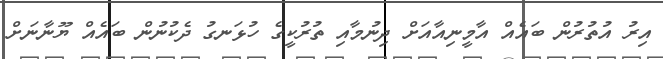
އިރު އުތުރުން ބައެއް އާމީނިއާއަށް ދިނުމާއި ތުރުކީގެ ހުޅަނގު ދެކުނުން ބައެއް ޔޫނާނަށް